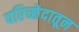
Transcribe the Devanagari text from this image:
परिच्छेदातून